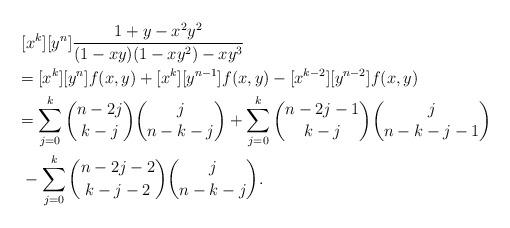
LaTeX: \begin{align*} &~[x^k][y^n]\frac{1+y-x^2y^2}{(1-xy)(1-xy^2)-xy^3}\\ &= [x^k][y^n]f(x,y) +[x^k][y^{n-1}]f(x,y) -[x^{k-2}][y^{n-2}]f(x,y)\\ &= \sum_{j=0}^k \binom{n-2j}{k-j}\binom{j}{n-k-j} +\sum_{j=0}^k \binom{n-2j-1}{k-j}\binom{j}{n-k-j-1}\\ &~-\sum_{j=0}^k \binom{n-2j-2}{k-j-2}\binom{j}{n-k-j}. \end{align*}